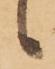
候